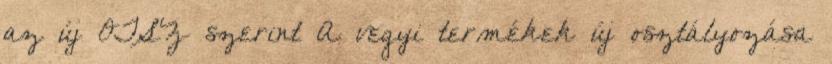
az új OTSZ szerint A vegyi termékek új osztályozása